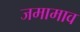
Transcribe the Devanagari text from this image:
जमामाव